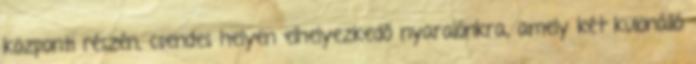
központi részén, csendes helyen elhelyezkedő nyaralónkra, amely két különálló